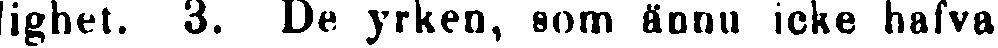
lighet. 3. De yrken, som ännu icke hafva